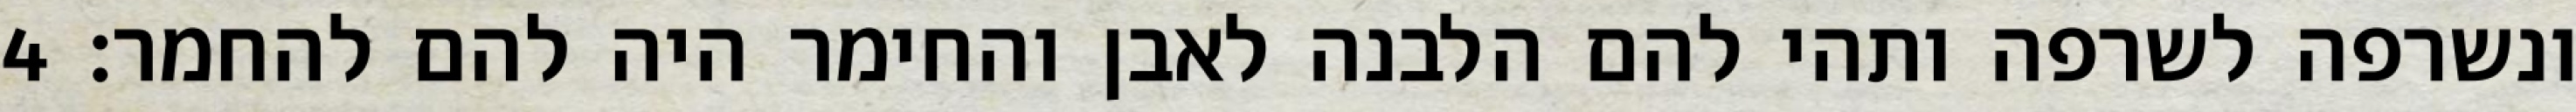
ונשרפה לשרפה ותהי להם הלבנה לאבן והחימר היה להם להחמר׃ ‎4‏